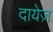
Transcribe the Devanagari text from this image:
दायेज़